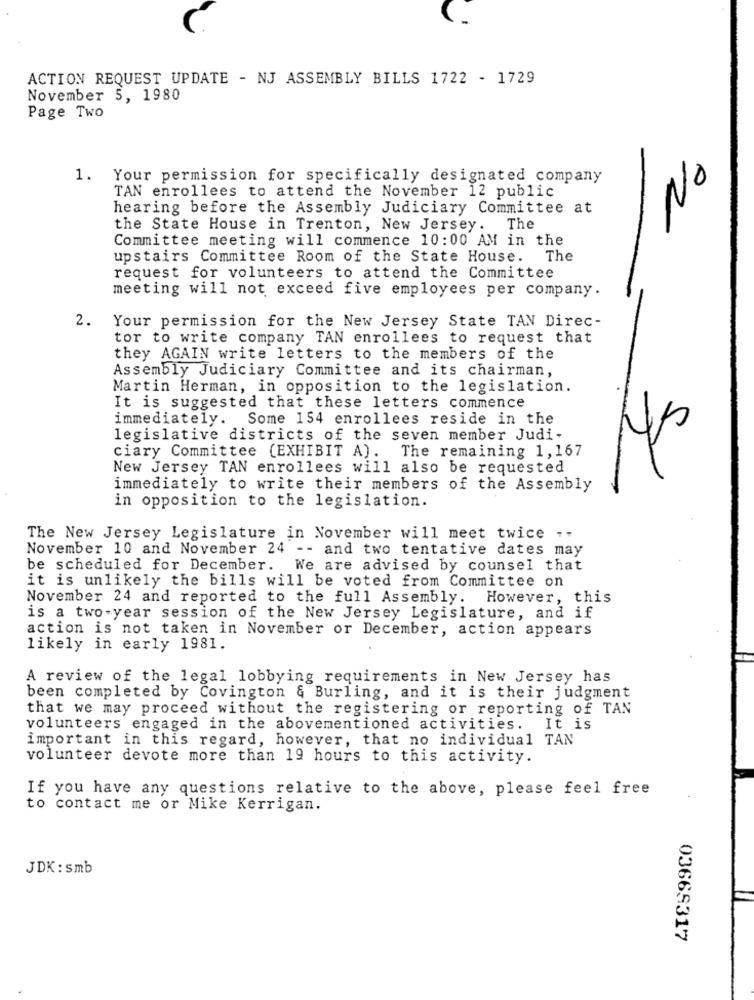
ACTION REQUEST UPDATE - NJ ASSEMBLY BILLS 1722 - 1729
November 5, 1980
Page Two
1. Your permission for specifically designated company
TAN enrollees to attend the November 12 public
1No
hearing before the Assembly Judiciary Committee at
the State House in Trenton, New Jersey. The
Committee meeting will commence 10:00 AM in the
upstairs Committee Room of the State House.
The
request for volunteers to attend the Committee
meeting will not exceed five employees per company.
2. Your permission for the New Jersey State TAN Direc-
tor to write company TAN enrollees to request that
they AGAIN write letters to the members of the
Assembly Judiciary Committee and its chairman,
Martin Herman, in opposition to the legislation.
It is suggested that these letters commence
immediately. Some 154 enrollees reside in the
legislative districts of the seven member Judi-
ciary Committee (EXHIBIT A). The remaining 1,167
New Jersey TAN enrollees will also be requested
immediately to write their members of the Assembly
in opposition to the legislation.
The New Jersey Legislature in November will meet twice .
November 10 and November 24 -- and two tentative dates may
be scheduled for December. We are advised by counsel that
it is unlikely the bills will be voted from Committee on
November 24 and reported to the full Assembly.
However, this
is a two-year session of the New Jersey Legislature, and if
action is not taken in November or December, action appears
likely in early 1981.
A review of the legal lobbying requirements in New Jersey has
been completed by Covington & Burling, and it is their judgment
that we may proceed without the registering or reporting of TAN
volunteers engaged in the abovementioned activities. It is
important in this regard, however, that no individual TAN
volunteer devote more than 19 hours to this activity.
If you have any questions relative to the above, please feel free
to contact me or Mike Kerrigan.
JDK : smb
03669317